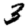
Digit: 3